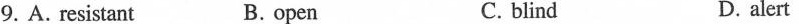
9. A. resistant B. open C. blind D. alert